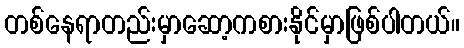
တစ်နေရာတည်းမှာဆော့ကစားနိုင်မှာဖြစ်ပါတယ်။